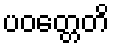
ပဝတ္တေတိ